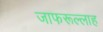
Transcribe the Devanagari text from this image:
जाफरूल्लाह